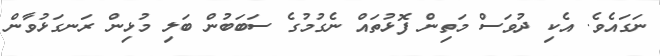
ނަގައެވެ. އެކި ދުވަސް މަތިން ފޮޅުތައް ނެގުމުގެ ސަބަބުން ބަލި މުޅިން ރަނގަޅުވާން